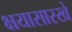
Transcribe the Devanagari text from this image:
क्षयासारखे